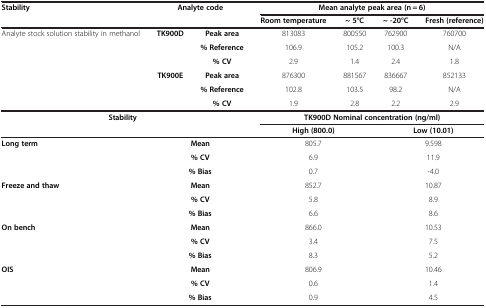
<table><thead><tr><td rowspan="2"><b>Stability</b></td><td rowspan="2" colspan="2"><b>Analyte code</b></td><td colspan="4"><b>Mean analyte peak area (n = 6)</b></td></tr><tr><td><b>Room temperature</b></td><td><b>~ 5°C</b></td><td><b>~ -20°C</b></td><td><b>Fresh (reference)</b></td></tr></thead><tbody><tr><td rowspan="5">Analyte stock solution stability in methanol</td><td rowspan="3"><b>TK900D</b></td><td><b>Peak area</b></td><td>813083</td><td>800550</td><td>762900</td><td>760700</td></tr><tr><td><b>% Reference</b></td><td>106.9</td><td>105.2</td><td>100.3</td><td>N/A</td></tr><tr><td><b>% CV</b></td><td>2.9</td><td>1.4</td><td>2.4</td><td>1.8</td></tr><tr><td rowspan="2"><b>TK900E</b></td><td><b>Peak area</b></td><td>876300</td><td>881567</td><td>836667</td><td>852133</td></tr><tr><td><b>% Reference</b></td><td>102.8</td><td>103.5</td><td>98.2</td><td>N/A</td></tr><tr><td> </td><td> </td><td><b>% CV</b></td><td>1.9</td><td>2.8</td><td>2.2</td><td>2.9</td></tr><tr><td rowspan="2" colspan="3"><b>Stability</b></td><td colspan="4"><b>TK900D Nominal concentration (ng/ml)</b></td></tr><tr><td colspan="2"><b>High (800.0)</b></td><td colspan="2"><b>Low (10.01)</b></td></tr><tr><td rowspan="3"><b>Long term</b></td><td colspan="2"><b>Mean</b></td><td colspan="2">805.7</td><td colspan="2">9.598</td></tr><tr><td colspan="2"><b>% CV</b></td><td colspan="2">6.9</td><td colspan="2">11.9</td></tr><tr><td colspan="2"><b>% Bias</b></td><td colspan="2">0.7</td><td colspan="2">-4.0</td></tr><tr><td rowspan="3"><b>Freeze and thaw</b></td><td colspan="2"><b>Mean</b></td><td colspan="2">852.7</td><td colspan="2">10.87</td></tr><tr><td colspan="2"><b>% CV</b></td><td colspan="2">5.8</td><td colspan="2">8.9</td></tr><tr><td colspan="2"><b>% Bias</b></td><td colspan="2">6.6</td><td colspan="2">8.6</td></tr><tr><td rowspan="3"><b>On bench</b></td><td colspan="2"><b>Mean</b></td><td colspan="2">866.0</td><td colspan="2">10.53</td></tr><tr><td colspan="2"><b>% CV</b></td><td colspan="2">3.4</td><td colspan="2">7.5</td></tr><tr><td colspan="2"><b>% Bias</b></td><td colspan="2">8.3</td><td colspan="2">5.2</td></tr><tr><td rowspan="3"><b>OIS</b></td><td colspan="2"><b>Mean</b></td><td colspan="2">806.9</td><td colspan="2">10.46</td></tr><tr><td colspan="2"><b>% CV</b></td><td colspan="2">0.6</td><td colspan="2">1.4</td></tr><tr><td colspan="2"><b>% Bias</b></td><td colspan="2">0.9</td><td colspan="2">4.5</td></tr></tbody></table>